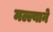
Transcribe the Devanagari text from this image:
मल्ल्याने